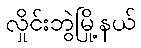
လှိုင်းဘွဲမြို့နယ်